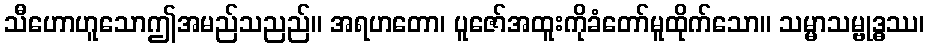
သီဟောဟူသောဤအမည်သညည်။ အရဟတော၊ ပူဇော်အထူးကိုခံတော်မူထိုက်သော။ သမ္မာသမ္ဗုဒ္ဓဿ၊